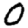
Digit: 0